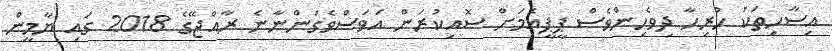
އިސާހިތަކު ހުރިހާ ދިވެހިންވެސް ޕީޕީއެމަށް ސޮއިކުރަން އަވަސްވެގަންނާނެ ރާއްޖޭގެ 2018 ގައި ޔާމީން